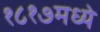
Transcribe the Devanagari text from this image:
१८१७मध्ये